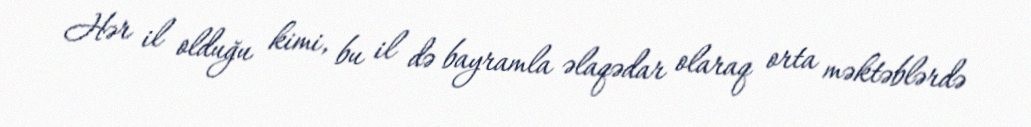
Hər il olduğu kimi, bu il də bayramla əlaqədar olaraq orta məktəblərdə